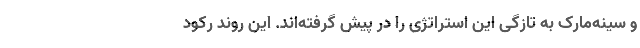
و سینه‌مارک به تازگی این استراتژی را در پیش گرفته‌‌اند. این روند رکود